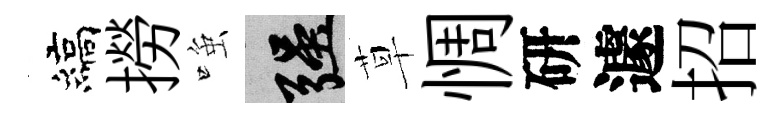
縞撈𫪻强草惆研遽招